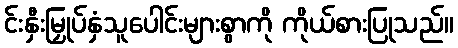
င်းနှီးမြှုပ်နှံသူပေါင်းများစွာကို ကိုယ်စားပြုသည်။